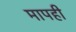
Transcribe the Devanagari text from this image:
मापही